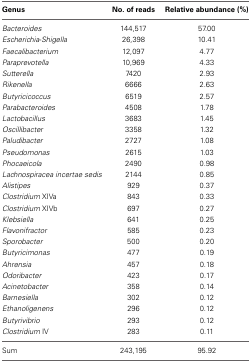
| Genus | No. of reads | Relative abundance (%) |
 | --- | --- | --- |
 | Bacteroides | 144,517 | 57.00 |
 | Escherichia-Shigella | 26,398 | 10.41 |
 | Faecalibacterium | 12,097 | 4.77 |
 | Paraprevotella | 10,969 | 4.33 |
 | Sutterella | 7420 | 2.93 |
 | Rikenella | 6666 | 2.63 |
 | Butyricicoccus | 6519 | 2.57 |
 | Parabacteroides | 4508 | 1.78 |
 | Lactobacillus | 3683 | 1.45 |
 | Oscillibacter | 3358 | 1.32 |
 | Paludibacter | 2727 | 1.08 |
 | Pseudomonas | 2615 | 1.03 |
 | Phocaeicola | 2490 | 0.98 |
 | Lachnospiracea incertae sedis | 2144 | 0.85 |
 | Alistipes | 929 | 0.37 |
 | Clostridium XIVa | 843 | 0.33 |
 | Clostridium XIVb | 697 | 0.27 |
 | Klebsiella | 641 | 0.25 |
 | Flavonifractor | 585 | 0.23 |
 | Sporobacter | 500 | 0.20 |
 | Butyricimonas | 477 | 0.19 |
 | Ahrensia | 457 | 0.18 |
 | Odoribacter | 423 | 0.17 |
 | Acinetobacter | 358 | 0.14 |
 | Barnesiella | 302 | 0.12 |
 | Ethanoligenens | 296 | 0.12 |
 | Butyrivibrio | 293 | 0.12 |
 | Clostridium IV | 283 | 0.11 |
 | Sum | 243,195 | 95.92 |